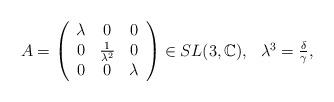
LaTeX: \begin{align*} \begin{array}{lllllll}A=\left(\begin{array}{ccc}\lambda & 0 & 0 \\ 0 & \frac{1}{\lambda^2} & 0 \\ 0& 0 & \lambda \end{array}\right)\in SL(3, \mathbb{C}), ~~\lambda^3 =\frac{\delta}{\gamma}, \end{array} \end{align*}